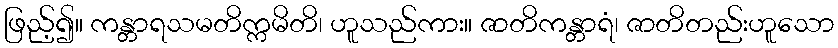
ဖြည့်၍။ ကန္တာရသမတိက္ကမိတိ၊ ဟူသည်ကား။ ဇာတိကန္တာရံ၊ ဇာတိတည်းဟူသော